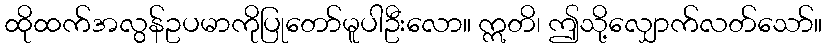
ထိုထက်အလွန်ဥပမာကိုပြုတော်မူပါဦးလော။ ဣတိ၊ ဤသို့လျှောက်လတ်သော်။